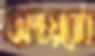
অপচয়রোধ